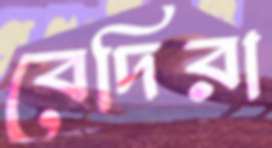
বেদিরা